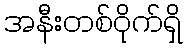
အနီးတစ်ဝိုက်ရှိ